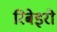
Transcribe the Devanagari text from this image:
रिबेइरो